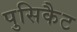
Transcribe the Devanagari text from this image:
पुसिकैट